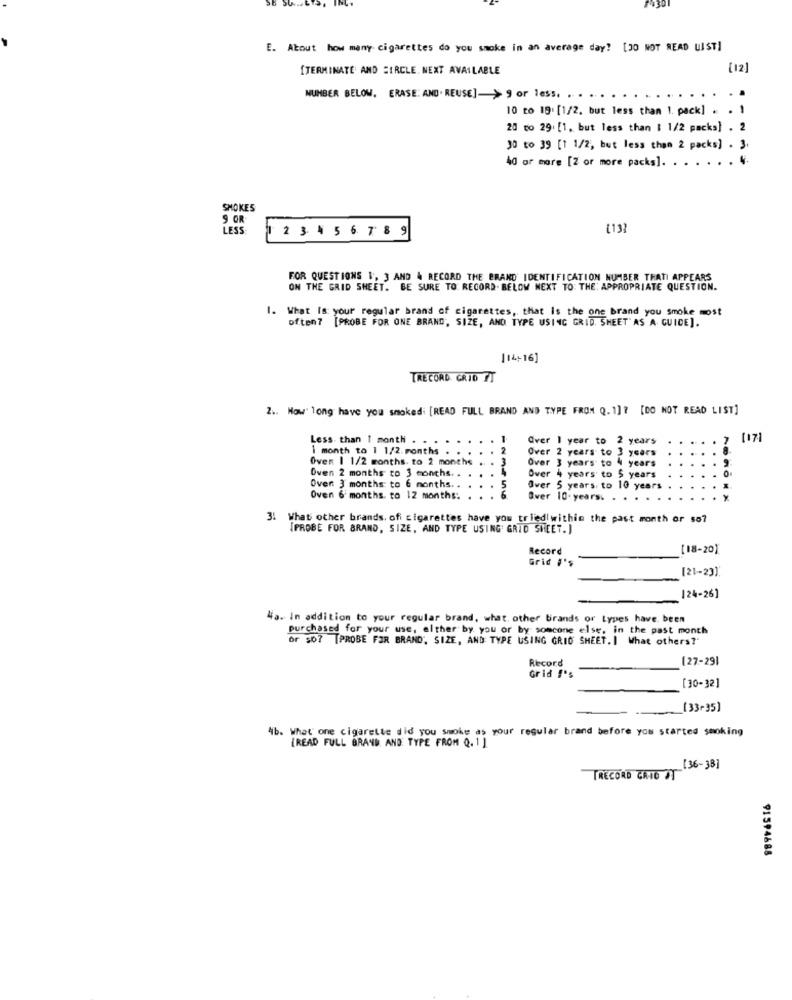
E. About how many cigarettes do you smoke in an average day? [30 NOT READ LIST]
[TERMINATE AND CIRCLE. NEXT AVAILABLE
[12]
NUMBER BELOW. ERASE: AND. REUSE]-> 9 or less. . . .
10 to 19: [1/2, but less than 1. pack] . . .
20 to 29. [1, but less than $ 1/2 packs] . 2
30 to 39 [1 1/2, but less than 2 packs] . 3.
40 or more [2 or more packs].
SMOKES
9 OR
LESS
[13]
1 2 3 4 5 6 7 8 9
FOR QUESTIONS &, 3 AND 4 RECORD THE BRAND IDENTIFICATION NUMBER THATI APPEARS
ON THE GRID SHEET. BE SURE TO RECORD. BELOW NEXT TO: THE: APPROPRIATE QUESTION.
1. What Is your regular brand of cigarettes, that is the one brand you smoke most
often? [PROBE FOR ONE BRAND, SIZE, AND TYPE USING GRID. SHEET" AS A GUIDE].
[14-16]
IRECORD. GRID 7T
2. How long have you smoked: [READ FULL BRAND AND TYPE FROM Q. ]]> [DO NOT READ LIST]
Less than 1 month . .
Over 1 year to 2 years
7
[17]
1 month to 1 1/2.months . .
. 2
Over 2 years to 3 years
Oven 1 1/2 months. to 2 months . . 3
Over 3 years to 4 years
Oven 2 months to 3 months ..
. 4
Over 4 years to $ years
Oven 3 months to 6 months ..
. 5
Over 5 years. to 10 years
Oven 6 months. to 12 months:
Over 10- years. . .
3. What other brands. ofi cigarettes have you triedi within the past month or so7
[PROBE FOR BRAND, SIZE, AND TYPE USING' GRID SHEET. )
Record
[18-20]
Grid #'s
[21-23]
124-26]
Wa. In addition to your regular brand, what other brands or Lypes have been
purchased for your use, either by you or by someone else, in the past month
or 507 [PROBE FOR BRAND, SIZE, AND TYPE USING GRID SHEET. I What others?"
Record
[27-291
Grid #'s
[30-32]
(33-35)
4b. What' one cigarette did you smoke as your regular brand before you started smoking
[READ FULL BRAND AND TYPE FROM Q. 1]
[36-38]
TRECORD GRID IT
91594688